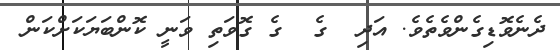
ދެނެވޮޑިގެންވެތެވެ. އަދި  ގެ  ގެ ގޮވަތި ވަނީ ކޮންބަޔަކަށްކަން